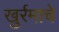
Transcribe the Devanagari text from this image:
खुर्रमाचे